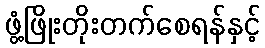
ဖွံ့ဖြိုးတိုးတက်စေရန်နှင့်